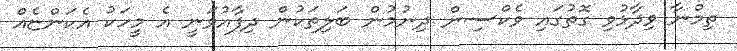
ތިމްނާ ވިދާޅުވި ގޮތުގައި ވެކްސިން ދިނުމުން ބަލިތަކުން ދިފާއުވަނީ އެ މީހަކު އެކަންޏެއް